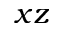
x z